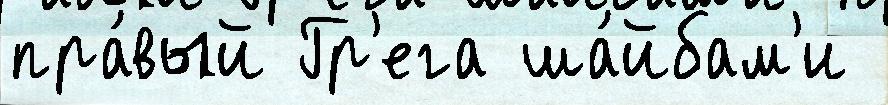
пра́вый Гр'ега ша́йбам'и